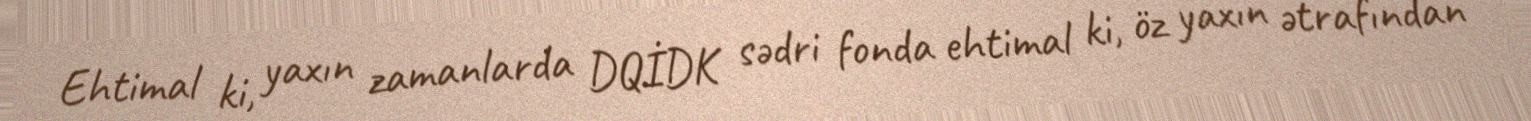
Ehtimal ki, yaxın zamanlarda DQİDK sədri fonda ehtimal ki, öz yaxın ətrafından